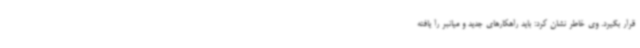
قرار بگیرد. وی خاطر نشان کرد: باید راهکارهای جدید و میانبر را یافته